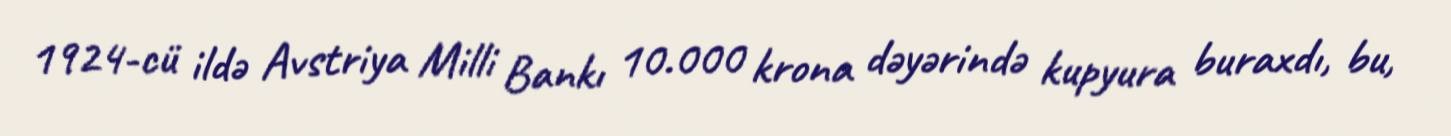
1924-cü ildə Avstriya Milli Bankı 10.000 krona dəyərində kupyura buraxdı, bu,